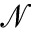
{ \mathcal N }